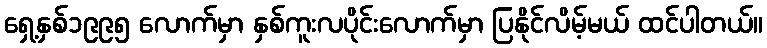
ရှေ့နှစ်၁၉၉၅ လောက်မှာ နှစ်ကူးလပိုင်းလောက်မှာ ပြနိုင်လိမ့်မယ် ထင်ပါတယ်။